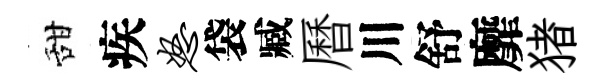
甜疾怒袋臧曆川舒靡猪